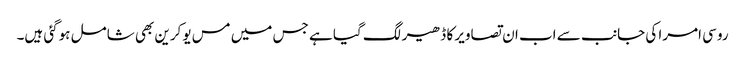
روسی امرا کی جانب سے اب ان تصاویر کا ڈھیر لگ گیا ہے جس میں مس یوکرین بھی شامل ہوگئی ہیں۔